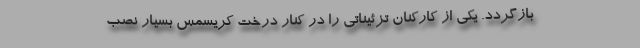
بازگردد. یکی از کارکنان تزئیناتی را در کنار درخت کریسمس بسیار نصب